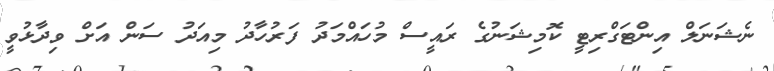
ނެޝަނަލް އިންޓަގްރިޓީ ކޮމިޝަނުގެ ރައީސް މުހައްމަދު ފަރުހާދު މިއަދު ސަން އަށް ވިދާޅުވީ